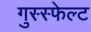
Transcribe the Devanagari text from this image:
गुस्स्फेल्ट